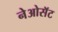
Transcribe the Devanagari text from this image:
नेओसॅट